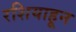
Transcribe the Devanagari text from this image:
रशियाहून